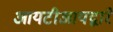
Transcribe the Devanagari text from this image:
आयटीआयद्वारे